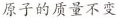
原子的质量不变